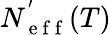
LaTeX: N_{\mathrm{~e~f~f~}}^{'}(T)